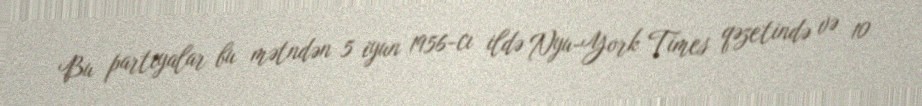
Bu partiyalar bu mətndən 5 iyun 1956-cı ildə Nyu-York Times qəzetində və 10